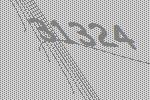
31324